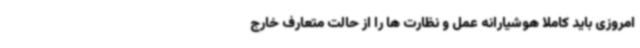
امروزی باید کاملا هوشیارانه عمل و نظارت ها را از حالت متعارف خارج